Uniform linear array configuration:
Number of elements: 24
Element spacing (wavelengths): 0.25
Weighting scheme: hann
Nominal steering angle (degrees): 0
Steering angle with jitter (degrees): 0.9181
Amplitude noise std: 0.05
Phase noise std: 0.05

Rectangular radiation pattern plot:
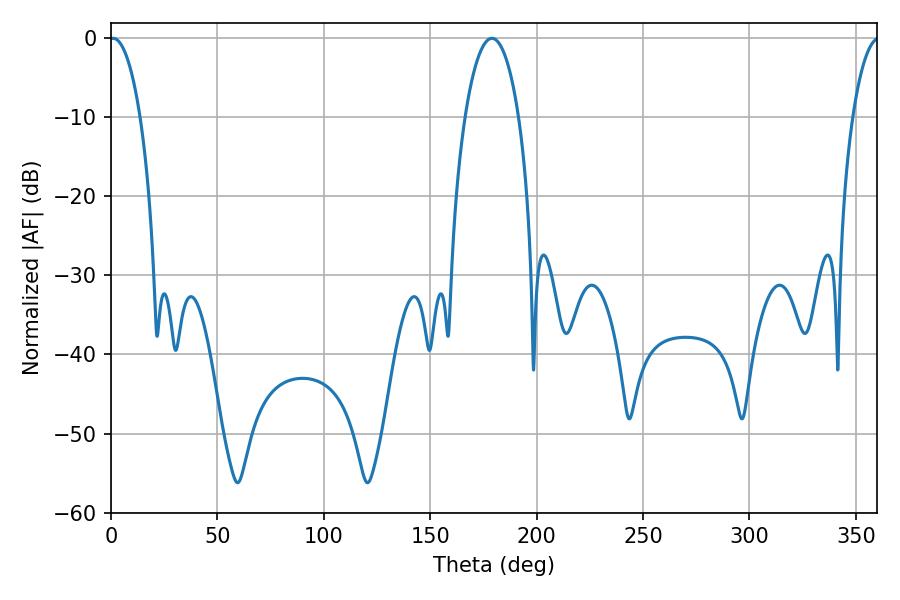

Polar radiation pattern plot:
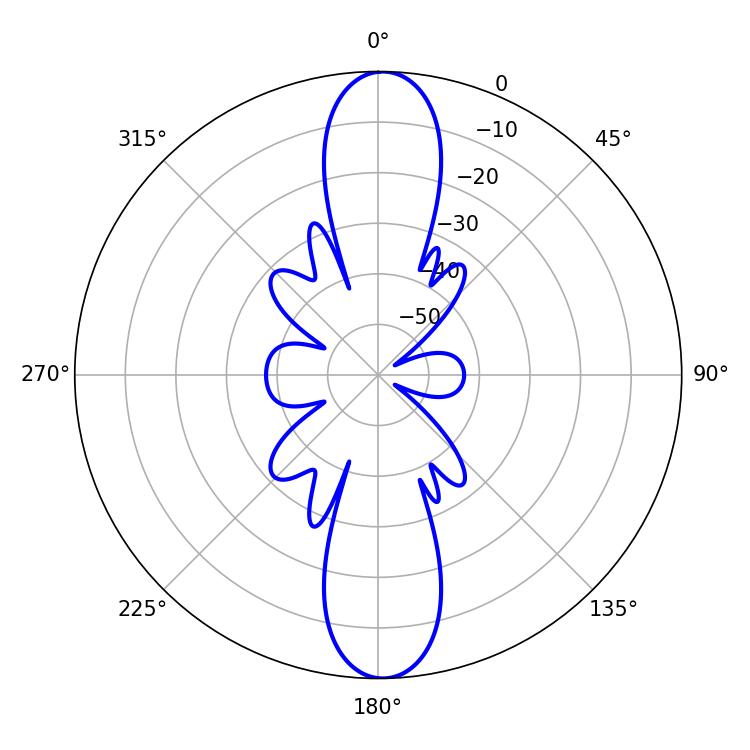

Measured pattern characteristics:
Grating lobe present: FALSE
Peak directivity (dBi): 23.358
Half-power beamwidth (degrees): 8.1
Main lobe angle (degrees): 1.08